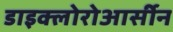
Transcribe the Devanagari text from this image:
डाइक्लोरोआर्सीन